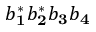
b _ { \mathbf 1 } ^ { * } b _ { \mathbf 2 } ^ { * } b _ { \mathbf 3 } b _ { \mathbf 4 }